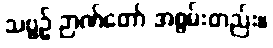
သဗ္ဗဉ် ဉာဏ်တော် အစွမ်းတည်း။